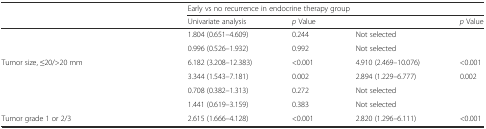
<table><thead><tr><td>[EMPTY_CELL]</td><td colspan="4"><b>Early vs no recurrence in endocrine therapy group</b></td></tr><tr><td>[EMPTY_CELL]</td><td><b>Univariate analysis</b></td><td><b><i>p</i> Value</b></td><td>[EMPTY_CELL]</td><td><b><i>p</i> Value</b></td></tr></thead><tbody><tr><td>[EMPTY_CELL]</td><td>1.804 (0.651–4.609)</td><td>0.244</td><td>Not selected</td><td>[EMPTY_CELL]</td></tr><tr><td>[EMPTY_CELL]</td><td>0.996 (0.526–1.932)</td><td>0.992</td><td>Not selected</td><td>[EMPTY_CELL]</td></tr><tr><td>Tumor size, ≤20/&gt;20 mm</td><td>6.182 (3.208–12.383)</td><td>&lt;0.001</td><td>4.910 (2.469–10.076)</td><td>&lt;0.001</td></tr><tr><td>[EMPTY_CELL]</td><td>3.344 (1.543–7.181)</td><td>0.002</td><td>2.894 (1.229–6.777)</td><td>0.002</td></tr><tr><td>[EMPTY_CELL]</td><td>0.708 (0.382–1.313)</td><td>0.272</td><td>Not selected</td><td>[EMPTY_CELL]</td></tr><tr><td>[EMPTY_CELL]</td><td>1.441 (0.619–3.159)</td><td>0.383</td><td>Not selected</td><td>[EMPTY_CELL]</td></tr><tr><td>Tumor grade 1 or 2/3</td><td>2.615 (1.666–4.128)</td><td>&lt;0.001</td><td>2.820 (1.296–6.111)</td><td>&lt;0.001</td></tr></tbody></table>